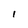
Character: 1